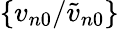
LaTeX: \{ {v_{n0}}/{\widetilde v_{n0}}\}